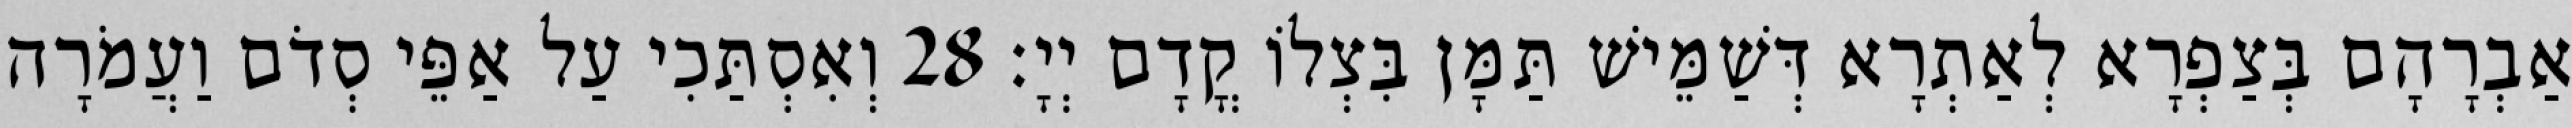
אַבְרָהָם בְּצַפְרָא לְאַתְרָא דְּשַׁמֵּישׁ תַּמָּן בִּצְלוֹ קֳדָם יְיָ׃ 28 וְאִסְתַּכִי עַל אַפֵּי סְדֹם וַעֲמֹרָה